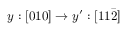
y : [ 0 1 0 ] \rightarrow y ^ { \prime } : [ 1 1 \bar { 2 } ]